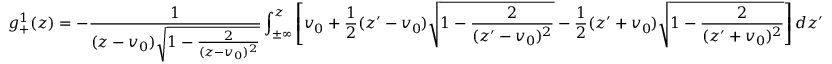
g _ { + } ^ { 1 } ( z ) = - \frac { 1 } { ( z - v _ { 0 } ) \sqrt { 1 - \frac { 2 } { ( z - v _ { 0 } ) ^ { 2 } } } } \int _ { \pm \infty } ^ { z } \left[ v _ { 0 } + \frac { 1 } { 2 } ( z ^ { \prime } - v _ { 0 } ) \sqrt { 1 - \frac { 2 } { ( z ^ { \prime } - v _ { 0 } ) ^ { 2 } } } - \frac { 1 } { 2 } ( z ^ { \prime } + v _ { 0 } ) \sqrt { 1 - \frac { 2 } { ( z ^ { \prime } + v _ { 0 } ) ^ { 2 } } } \right] d z ^ { \prime }